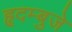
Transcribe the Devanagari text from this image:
हृदम्बुजे